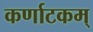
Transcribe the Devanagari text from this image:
कर्णाटकम्